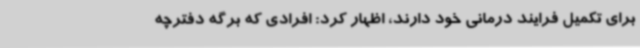
برای تکمیل فرایند درمانی خود دارند، اظهار کرد: افرادی که برگه دفترچه